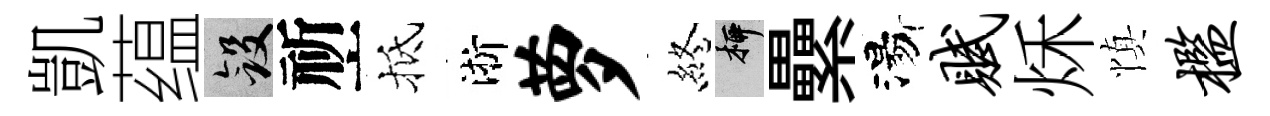
凱蕴斂祈抵淅萝終柳纍湯赋秌慎槛